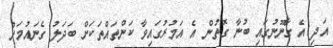
އަދި އެ ގާނޫނުގައި ބުނާ ގޮތުން އެ އަމުރުގައިވާ ކަންތައްތަކަށް ބަދަލު ގެނައުމަށް